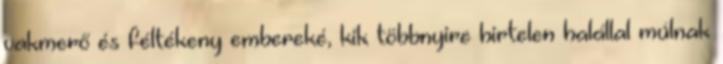
vakmerő és féltékeny embereké, kik többnyire hirtelen halállal múlnak